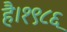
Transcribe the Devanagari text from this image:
है।१९८६